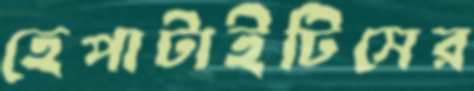
হেপাটাইটিসের